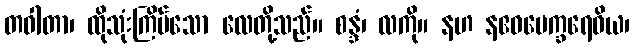
တဝါတာ၊ ထိုသုံးကြိမ်သော လေတို့သည်။ စန္ဒံ၊ လကို။ နဟ နဧဝပေက္ခရေဝိယ၊